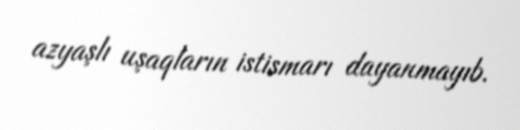
azyaşlı uşaqların istismarı dayanmayıb.